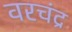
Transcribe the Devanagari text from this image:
वरचंद्र